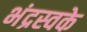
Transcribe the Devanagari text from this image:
भंद्रस्वके